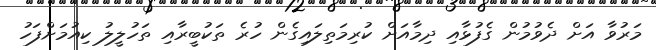
މަރުވާ އަށް ދެވުމުން ގެފުޅާއި ދިމާއަށް ކުރިމަތިލައިގެން ހުރެ ތަކުބީރާއި ތަހުލީލު ކިއުމަށްފަހު